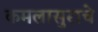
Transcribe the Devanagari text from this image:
कमलासुराचे